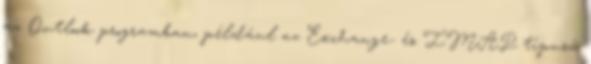
az Outlook programban, például az Exchange- és IMAP típusú